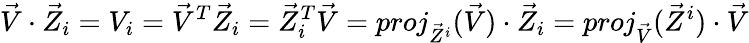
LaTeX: {\vec{V}}\cdot{\vec{Z}}_{i}=V_{i}={\vec{V}}^{T}{\vec{Z}}_{i}={\vec{Z}}_{i}^{T}{\vec{V}}={proj_{{\vec{Z}}^{i}}({\vec{V}})}\cdot{\vec{Z}}_{i}={proj_{\vec{V}}({\vec{Z}}^{i})}\cdot{\vec{V}}